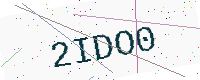
Text: 2IDO0